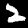
Digit: 2